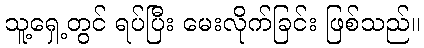
သူ့ရှေ့တွင် ရပ်ပြီး မေးလိုက်ခြင်း ဖြစ်သည်။